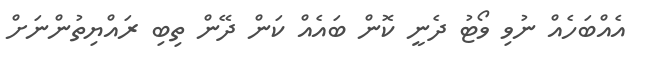
އެއްބަހެއް ނުވި ވޯޓު ދެނީ ކޮން ބައެއް ކަން ދޭން ތިބި ރައްޔިތުންނަށް